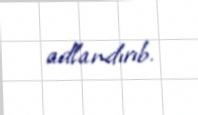
adlandırıb.